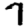
Digit: 7